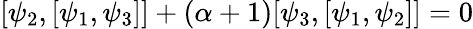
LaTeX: [\psi_{2},[\psi_{1},\psi_{3}]]+(\alpha+1)[\psi_{3},[\psi_{1},\psi_{2}]]=0